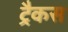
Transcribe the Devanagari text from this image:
ट्रैकस